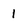
Character: 1